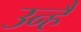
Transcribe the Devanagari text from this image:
उन्हैं